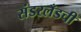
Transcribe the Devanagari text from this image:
संडरलँडची